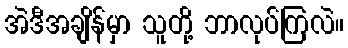
အဲဒီအချိန်မှာ သူတို့ ဘာလုပ်ကြလဲ။